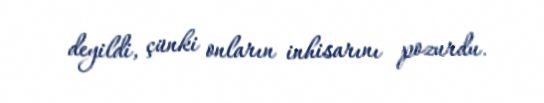
deyildi, çünki onların inhisarını pozurdu.